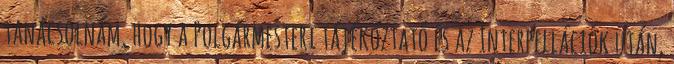
tanácsolnám, hogy a Polgármesteri tájékoztató és az Interpellációk után,